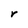
Character: r